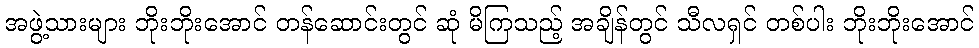
အဖွဲ့သားများ ဘိုးဘိုးအောင် တန်ဆောင်းတွင် ဆုံ မိကြသည့် အချိန်တွင် သီလရှင် တစ်ပါး ဘိုးဘိုးအောင်